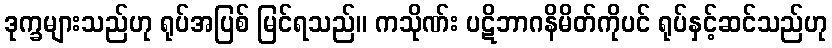
ဒုက္ခများသည်ဟု ရုပ်အပြစ် မြင်ရသည်။ ကသိုဏ်း ပဋိဘာဂနိမိတ်ကိုပင် ရုပ်နှင့်ဆင်သည်ဟု